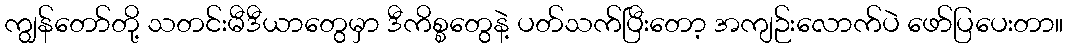
ကျွန်တော်တို့ သတင်းမီဒီယာတွေမှာ ဒီကိစ္စတွေနဲ့ ပတ်သက်ပြီးတော့ အကျဉ်းလောက်ပဲ ဖော်ပြပေးတာ။